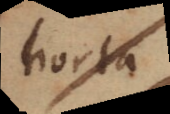
horta